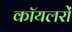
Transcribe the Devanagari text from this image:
कॉयलरों